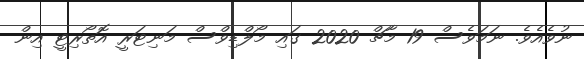
ނުވެއެވެ. ނަމަވެސް 19 މާޗް 2020 ގައި މޯލްޑިވްސް މަނިޓަރީ އޮތޯރިޓީ އިން